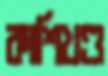
কাশিখণ্ড